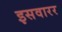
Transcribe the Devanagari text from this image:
इसवारर